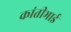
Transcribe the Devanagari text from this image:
कांतीभाई